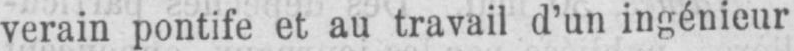
verain pontife et au travail d’un ingénieur